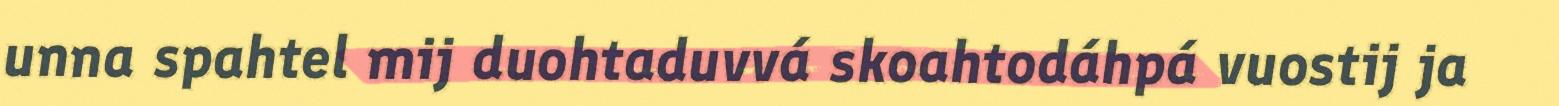
unna spahtel mij duohtaduvvá skoahtodáhpá vuostij ja